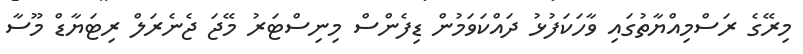
މިރޭގެ ރަސްމިއްޔާތުގައި ވާހަކަފުޅު ދައްކަވަމުން ޑިފެންސް މިނިސްޓަރު މޭޖަ ޖެނެރަލް ރިޓަޔާޑް މޫސާ